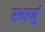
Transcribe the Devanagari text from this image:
स्थाप्युं